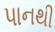
પાનથી